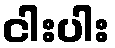
ငါးပါး